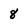
Character: 8